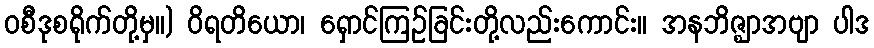
ဝစီဒုစရိုက်တို့မှ။) ဝိရတိယော၊ ရှောင်ကြဉ်ခြင်းတို့လည်းကောင်း။ အနဘိဇ္ဈာအဗျာ ပါဒ